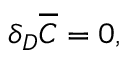
\delta _ { D } \overline { { C } } = 0 ,